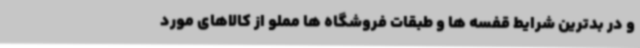
و در بدترین شرایط قفسه ها و طبقات فروشگاه ها مملو از کالاهای مورد